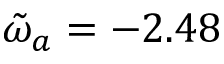
\tilde { \omega } _ { a } = - 2 . 4 8